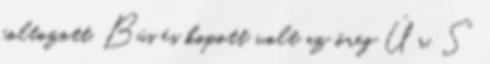
foltozott, Bús és kopott volt az öreg Úr, S